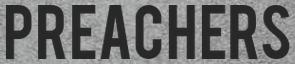
PREACHERS